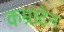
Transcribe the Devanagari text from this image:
कम्राटेन